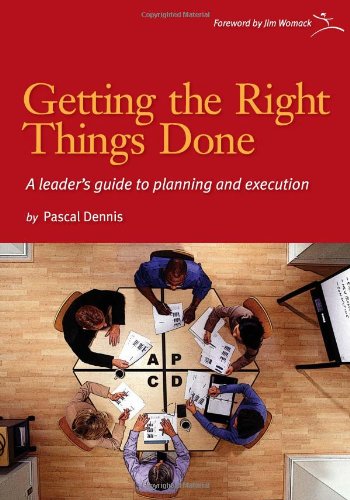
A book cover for Getting the Right Things Done: A Leader's Guide to Planning and Execution; Pascal Dennis; Business & Money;